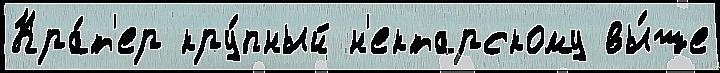
Кра́т'ер кру́пный н'ектарскому вы́ше